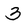
Character: 3